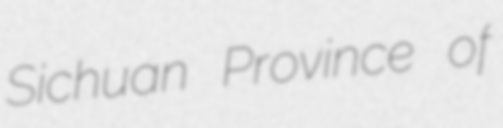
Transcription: Sichuan Province of